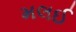
મલઈ